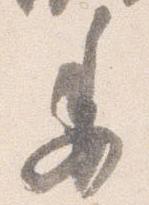
委